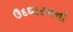
ઉદઘાટનનો